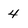
Character: 4